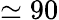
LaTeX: \simeq 90